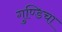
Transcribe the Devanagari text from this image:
गुण्डिचा